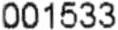
001533